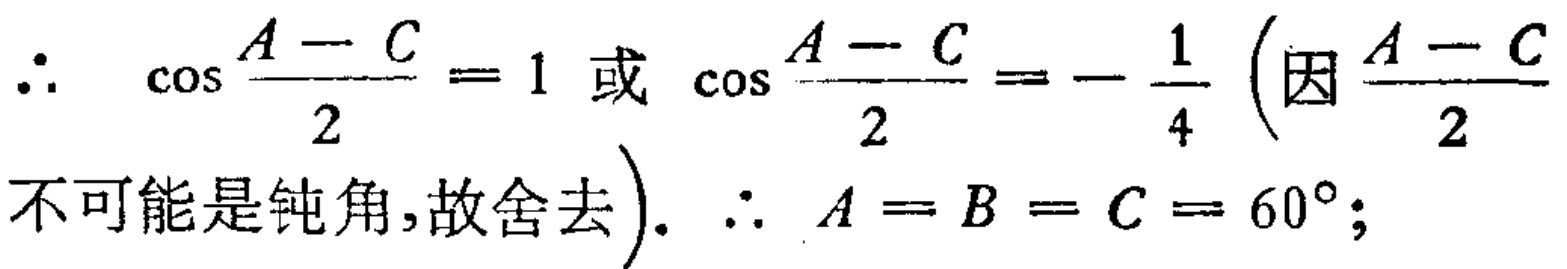
\(\therefore\ \cos\frac{A - C}{2} = 1\text{ 或 }\cos\frac{A - C}{2} = -\frac{1}{4}\left(\text{因}\frac{A - C}{2}\right.\)
\(\text{不可能是钝角,故舍去}\left.\right).\ \therefore\ A = B = C = 60^{\circ};\)